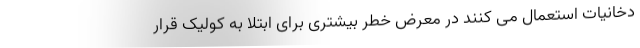
دخانیات استعمال می کنند در معرض خطر بیشتری برای ابتلا به کولیک قرار